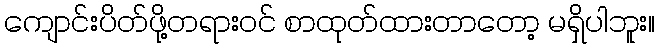
ကျောင်းပိတ်ဖို့တရားဝင် စာထုတ်ထားတာတော့ မရှိပါဘူး။